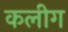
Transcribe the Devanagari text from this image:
कलीग